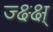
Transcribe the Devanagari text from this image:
ज्क्ष्क्ष्